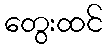
တွေးထင်